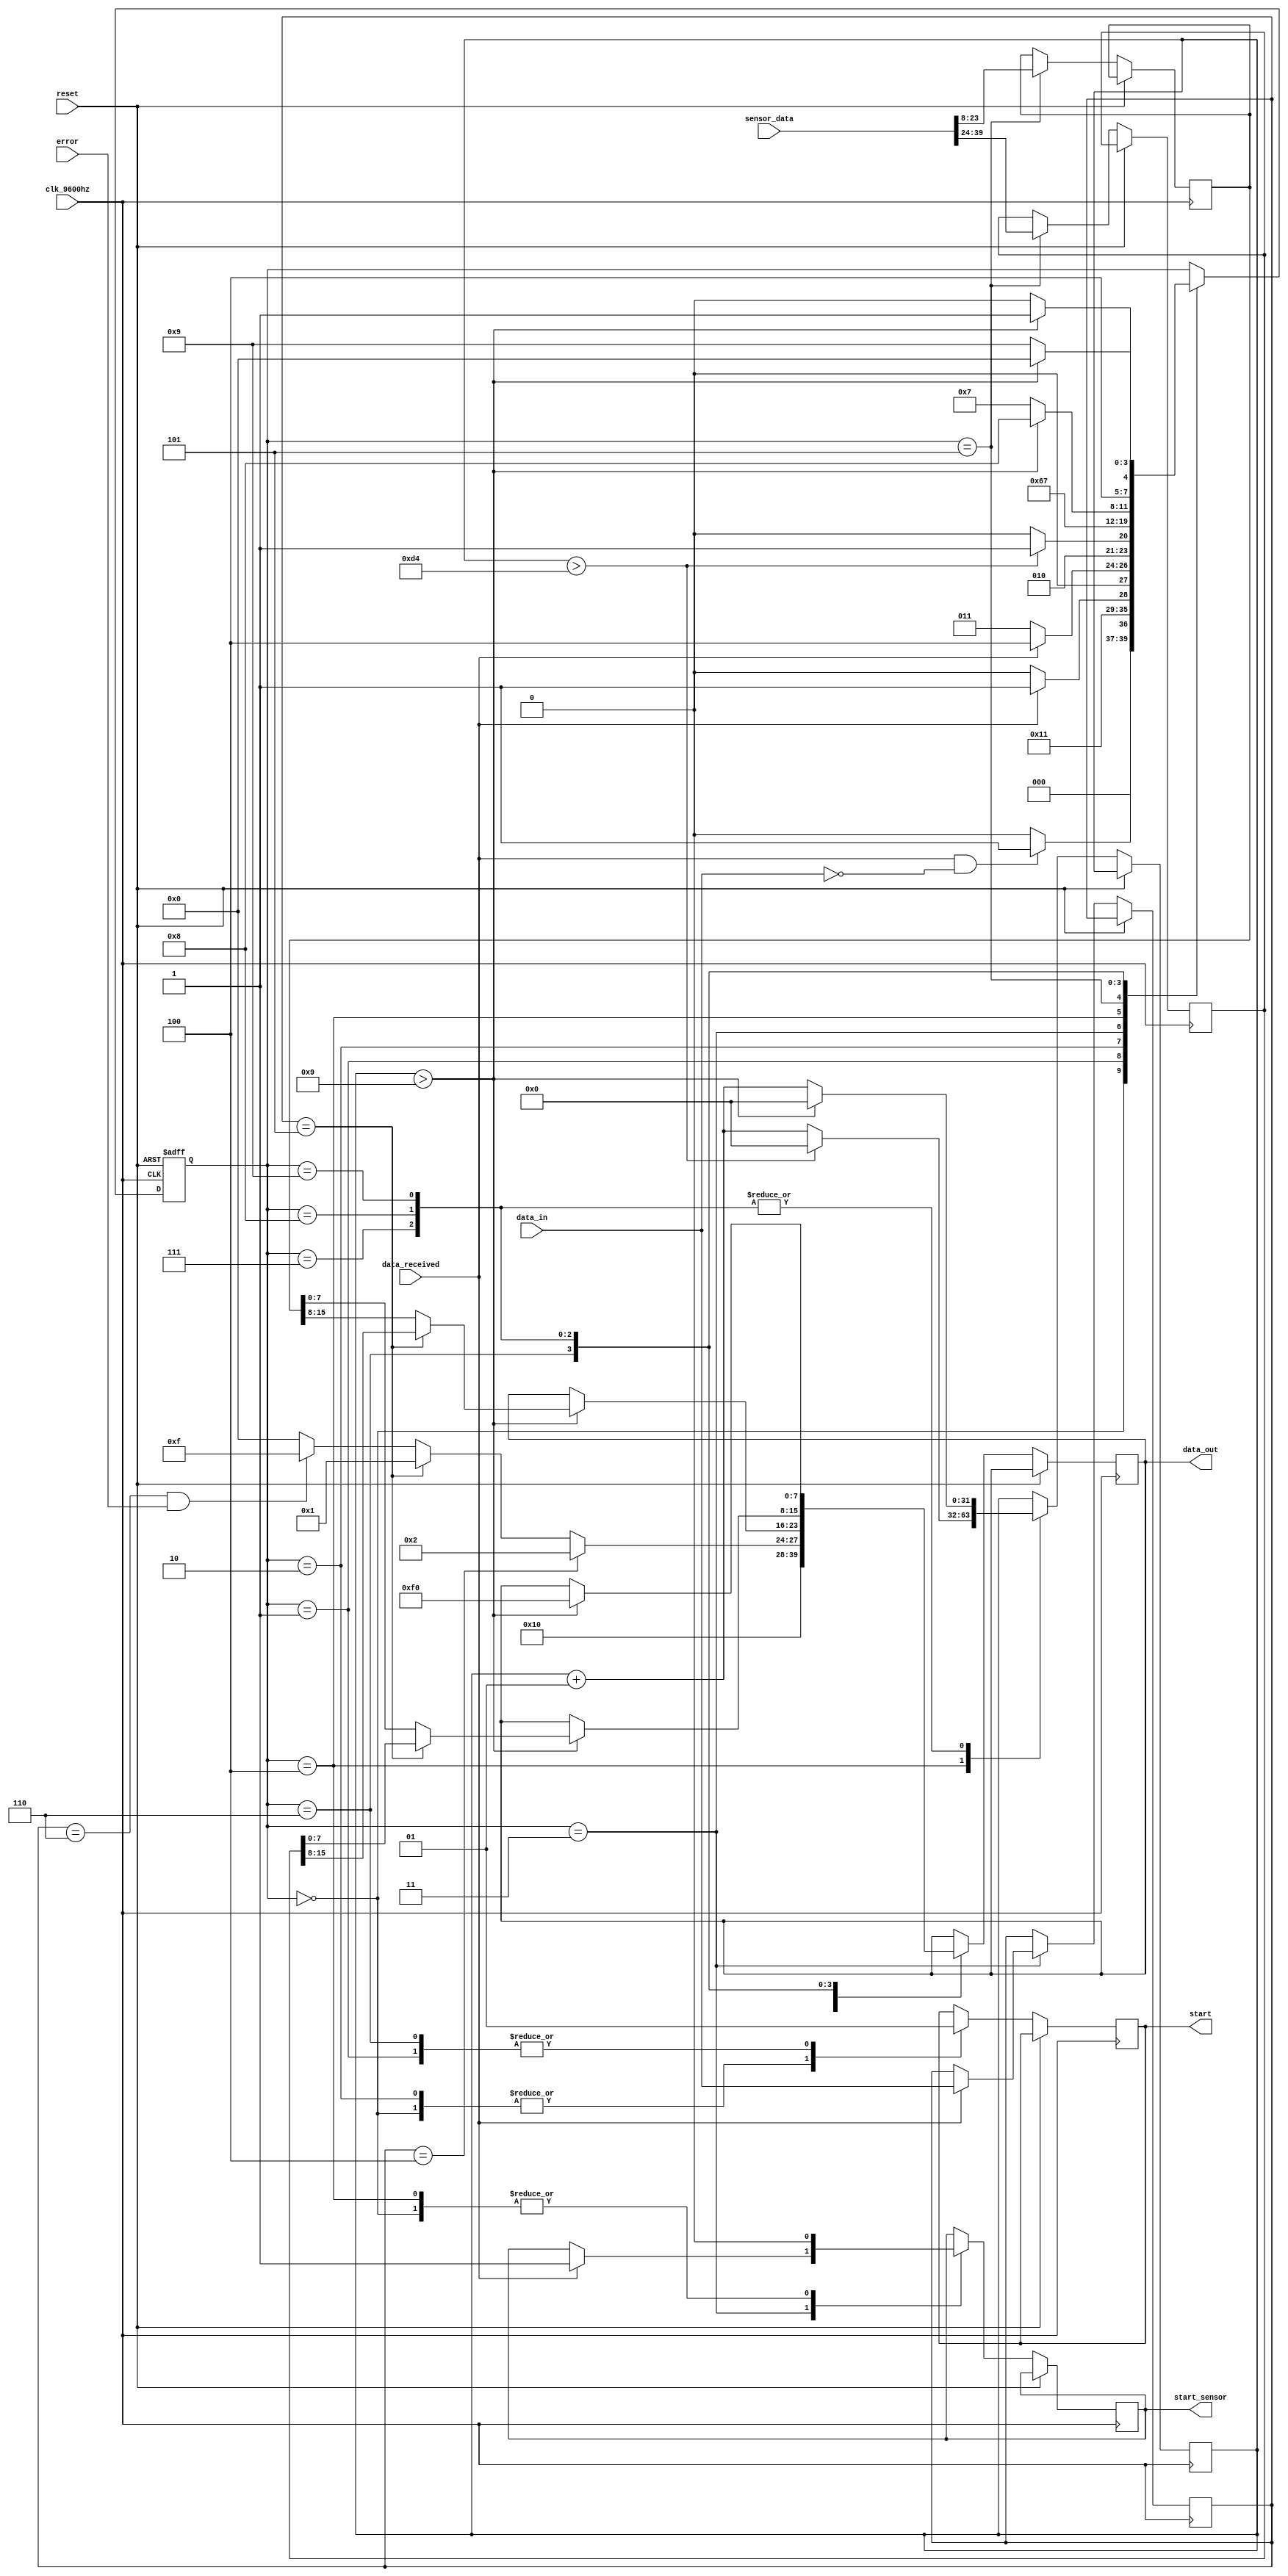
module sensor_controller(start, data_in, data_out, data_received, clk_9600hz, reset, sensor_data, start_sensor, error);

//Pin definition
input [0:39]sensor_data;
input data_received, clk_9600hz, reset;
input error;
output start, start_sensor;
reg start, start_sensor;

input [0:7]data_in;
output reg [0:7]data_out;

//Sensor data
reg [0:15]humidity;
reg [0:15]temperature;
reg [0:7]checksum;

integer counter;

reg [0:3]state;
		parameter SLEEP = 0,
					 AWAKE = 1,
					 WAIT_ADDRESS= 2,
					 WAIT_COMMAND = 3,
					 WAIT_SENSOR = 4,
					 STORE_DATA = 5,
					 START_DATA = 6,
					 BYTE_1 = 7,
					 BYTE_2 = 8,
					 END = 9;
					 
					 
reg [0:7]address;
reg [0:7]command;



always @ (posedge clk_9600hz or posedge reset) begin
if (reset)
	state <= SLEEP;
else
	case(state)
		SLEEP:
			begin
				start <= 1'b0;
				start_sensor <= 1'b0;
				//Aguarda por uma mensagem de inicializao
				if(data_received == 1'b1 && data_in[0:7] == 8'b00000000) 
					state <= AWAKE;
				else
					state <= SLEEP;
			end
		AWAKE:
			begin
				//Responde a inicializao 
				//TODO modificar para estado wait_address
				start <= 1'b1;
				data_out[0:7] <= 8'b00000001;
				state <= WAIT_ADDRESS;
			end
		WAIT_ADDRESS:
			begin
				//Espera o enderesso enviado pela serial
				start <= 1'b0;
				if(data_received) begin
					address[0:7] <= data_in[0:7];
					state <= WAIT_COMMAND;
				end else begin
					state <= WAIT_ADDRESS;
				end
			end
		WAIT_COMMAND:
			begin
				//Espera o Comando enviado pela serial
				if(data_received) begin
					command[0:7] <= data_in[0:7];
					start_sensor <= 1'b1;
					state <= WAIT_SENSOR;
				end else begin
					state <= WAIT_COMMAND;
				end
			end
		WAIT_SENSOR:
			begin
				//Espera 22ms pela comunicacao com o sensor.
				start_sensor<=1'b0;
				if(counter > 212)begin
					counter = 0;
					state <= STORE_DATA;
				end else begin
					counter = counter + 1;
					state <= WAIT_SENSOR;
				end
				
			end
		STORE_DATA:
			begin
				//Armazena os dados extraidos dos sensores 
				humidity[0:15] = sensor_data[0:15];
				temperature[0:15] = sensor_data[16:31];
				state<=START_DATA;
			end
		START_DATA:
			begin
				start<=1'b1;
				//Verifica qual opo foi enviada e retorna o cdigo correspondente.
				if (command == 8'b00000100) begin
					data_out[0:7] = 8'b00000010;
				end else if (command == 8'b00000101) begin
					data_out[0:7] = 8'b00000001;
				end else if (command == 8'b00000110 && error == 1'b1) begin
					data_out[0:7] = 8'b00001111;
					state <= END;
				end else begin
					data_out[0:7] = 8'b00000000;
					state <= END;
				end
				state <= BYTE_1;
			end
		BYTE_1:
			begin
				if(counter > 9) begin
					//Envia o primeiro byte do dado, sendo este
					//Temperatura ou humidade
					if (command == 8'b00000101) begin
						data_out[0:7] = humidity[0:7];
					end else begin
						data_out[0:7] <= temperature[0:7];
					end
					counter = 0;
					state <= BYTE_2;
				end else begin
					counter = counter + 1;
					state <= BYTE_1;
				end
			end
		BYTE_2:
			begin
				if(counter > 9) begin
					//Envia o segundo byte do dado, sendo este
					if (command == 8'b00000101) begin
						data_out[0:7] = humidity[8:15];
					end else begin
						data_out[0:7] <= temperature[8:15];
					end
					counter = 0;
					state <= END;
				end else begin
					counter = counter + 1;
					state <= BYTE_2;
				end
			end
		END:
			begin
				if(counter > 9) begin
					//Envia o byte de finalizao
					data_out[0:7] = 8'b11110000;
					counter = 0;
					state <= SLEEP;
				end else begin
					counter = counter + 1;
					state <= END;
				end
			end
	endcase
end
			 
endmodule